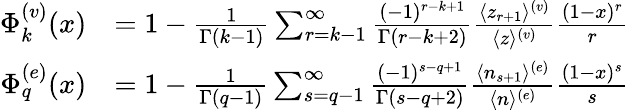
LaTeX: \begin{array}{rl}{\Phi_{k}^{(v)}(x)}&{=1-{\frac{1}{\Gamma(k-1)}}\sum_{r=k-1}^{\infty}{\frac{(-1)^{r-k+1}}{\Gamma(r-k+2)}}{\frac{\langle z_{r+1}\rangle^{(v)}}{\langle z\rangle^{(v)}}}{\frac{(1-x)^{r}}{r}}}\\ {\Phi_{q}^{(e)}(x)}&{=1-{\frac{1}{\Gamma(q-1)}}\sum_{s=q-1}^{\infty}{\frac{(-1)^{s-q+1}}{\Gamma(s-q+2)}}{\frac{\langle n_{s+1}\rangle^{(e)}}{\langle n\rangle^{(e)}}}{\frac{(1-x)^{s}}{s}}}\end{array}